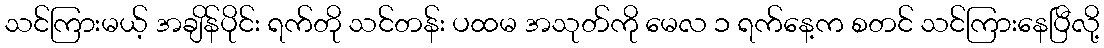
သင်ကြားမယ့် အချိန်ပိုင်း ရက်တို သင်တန်း ပထမ အသုတ်ကို မေလ ၁ ရက်နေ့က စတင် သင်ကြားနေပြီလို့